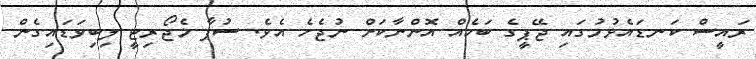
ރައީސް ކަނޑައެޅުމުގައި ޖޭޕީގެ ބަހެއް އޮންނާކަށް ނުޖެހެ އެވެ. ސުޕާ މެޖޯރިޓީ ލިބިވަޑައިގެން